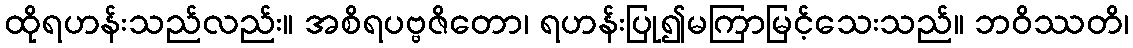
ထိုရဟန်းသည်လည်း။ အစိရပဗ္ဗဇိတော၊ ရဟန်းပြု၍မကြာမြင့်သေးသည်။ ဘဝိဿတိ၊